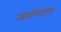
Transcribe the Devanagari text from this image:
स्कोरलाइन